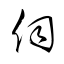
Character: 伺